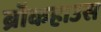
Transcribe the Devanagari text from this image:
ब्रॉकहाउस